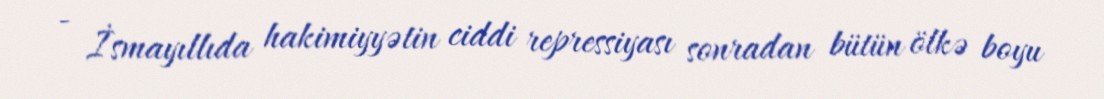
- İsmayıllıda hakimiyyətin ciddi repressiyası sonradan bütün ölkə boyu